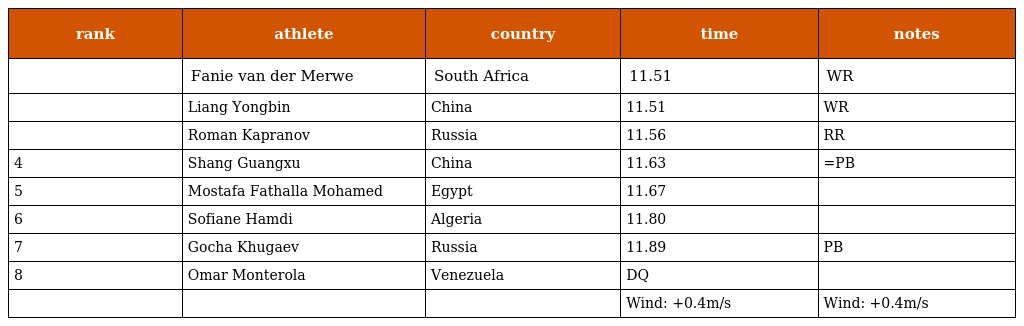
| rank | athlete | country | time | notes |
 | --- | --- | --- | --- | --- |
 |  | Fanie van der Merwe | South Africa | 11.51 | WR |
 |  | Liang Yongbin | China | 11.51 | WR |
 |  | Roman Kapranov | Russia | 11.56 | RR |
 | 4 | Shang Guangxu | China | 11.63 | =PB |
 | 5 | Mostafa Fathalla Mohamed | Egypt | 11.67 |  |
 | 6 | Sofiane Hamdi | Algeria | 11.80 |  |
 | 7 | Gocha Khugaev | Russia | 11.89 | PB |
 | 8 | Omar Monterola | Venezuela | DQ |  |
 |  |  |  | Wind: +0.4m/s | Wind: +0.4m/s |